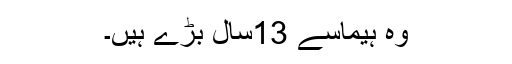
وہ ہیماسے 13سال بڑے ہیں۔